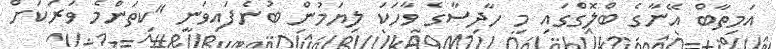
އަމިތާބް އޭނާގެ ބްލޮގްގައި މި ހާދިސާގެ ވާހަކަ ލިޔަމުން ބުނެފައިވަނީ "ކިތަންމެ ވަރަކަށް